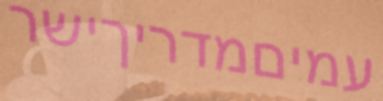
עמיםמדריךישר